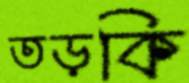
তড়কি